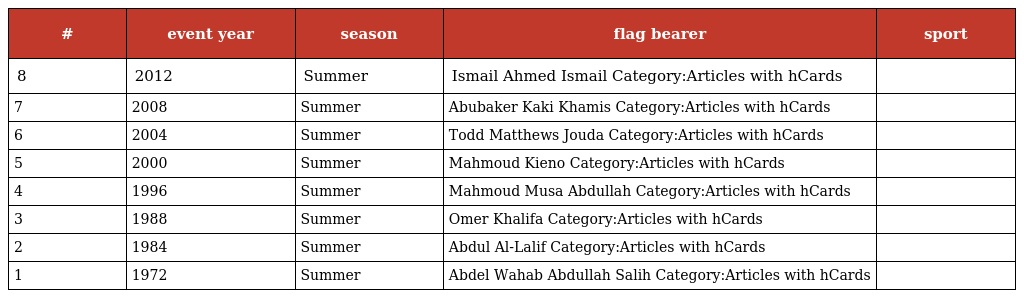
| # | event year | season | flag bearer | sport |
 | --- | --- | --- | --- | --- |
 | 8 | 2012 | Summer | Ismail Ahmed Ismail Category:Articles with hCards |  |
 | 7 | 2008 | Summer | Abubaker Kaki Khamis Category:Articles with hCards |  |
 | 6 | 2004 | Summer | Todd Matthews Jouda Category:Articles with hCards |  |
 | 5 | 2000 | Summer | Mahmoud Kieno Category:Articles with hCards |  |
 | 4 | 1996 | Summer | Mahmoud Musa Abdullah Category:Articles with hCards |  |
 | 3 | 1988 | Summer | Omer Khalifa Category:Articles with hCards |  |
 | 2 | 1984 | Summer | Abdul Al-Lalif Category:Articles with hCards |  |
 | 1 | 1972 | Summer | Abdel Wahab Abdullah Salih Category:Articles with hCards |  |